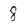
Character: 8